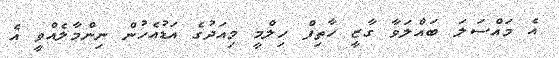
އެ މައްސަލަ ބައްލަވާ ގާޒީ ހާތިފް ހިލްމީ މިއަދުގެ އަޑުއެހުން ނިންމާލެއްވީ އެ